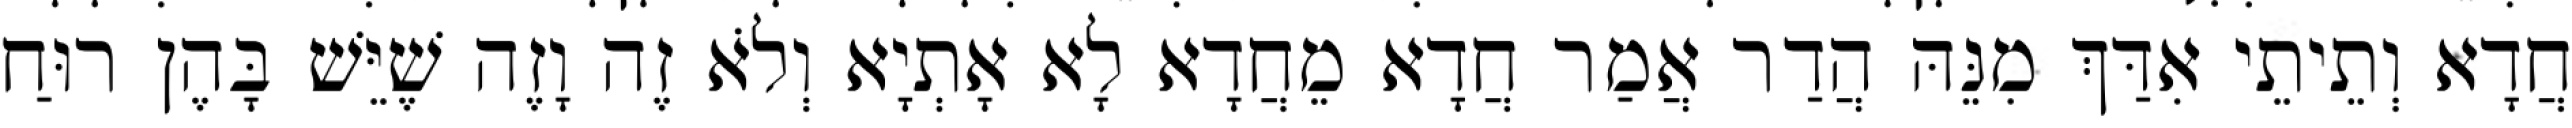
חֲדָא וְתֵיתֵי אִדַּךְ מִנֵּהּ הֲדַר אֲמַר חֲדָא מֵחֲדָא לָא אָתְיָא וְלֹא זֶה וָזֶה שֶׁיֵּשׁ בָּהֶן רוּחַ